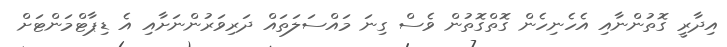
އިދާރީ ގޮތުންނާއި އެހެނިހެން ގޮތްގޮތުން ވެސް ގިނަ މައްސަލަތައް ދަރިވަރުންނަށާއި އެ ޑިޕާޓްމަންޓަށް